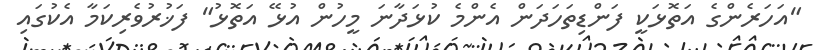
"އަހަރެންގެ އަތޮޅަކީ ފަންޑިތަހަދަން އެންމެ ކުޅަދާނަ މީހުން އުޅޭ އަތޮޅު" ފަޚުރުވެރިކަމާ އެކުގައި